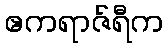
ဧကရာဇ်ရီက